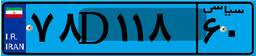
۷۸D۱۱۸۶۰